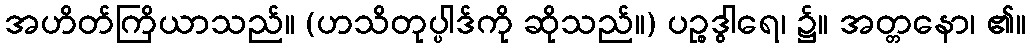
အဟိတ်ကြိယာသည်။ (ဟသိတုပ္ပါဒ်ကို ဆိုသည်။) ပဉ္စဒွါရေ၊ ၌။ အတ္တနော၊ ၏။